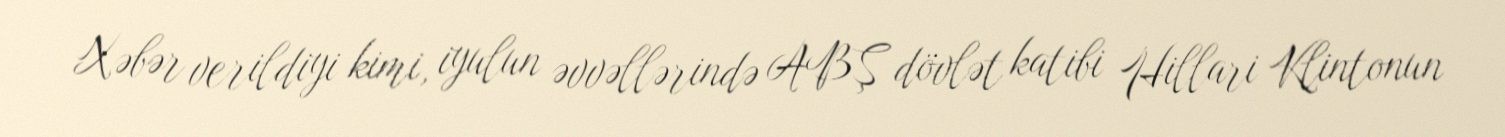
Xəbər verildiyi kimi, iyulun əvvəllərində ABŞ dövlət katibi Hillari Klintonun